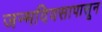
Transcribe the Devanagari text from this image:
जन्मदिवसापासून